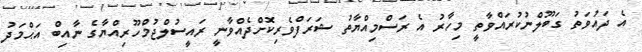
އެ ދައުވަތު ގަބޫލްނުކުރައްވާތީ މިހާރު އެ ރަސްމިއްޔާތު ޝަަރަފްވެރިކޮށްދެއްވާނީ ރައީސުލްޖުމްހޫރިއްޔާގެ ނާއިބް އަޙްމަދު